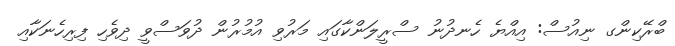
ބްރޭކިންގ ނިއުސް: އިއްޔެ ހެނދުނު ސްރީލަންކާގައި މަރުވި އުމުރުން ދުވަސްވީ ދިވެހި ފިރިހެނަކާއި